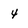
Character: 4